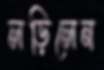
লড়িলেন